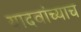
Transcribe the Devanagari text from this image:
यादवांच्याच